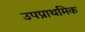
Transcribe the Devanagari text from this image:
उपप्राथमिक